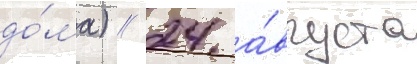
до́ма) // 24 а́вгуста